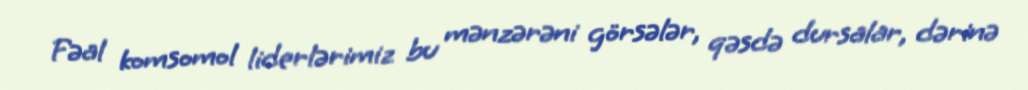
Fəal komsomol liderlərimiz bu mənzərəni görsələr, qəsdə dursalar, dərinə